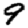
Digit: 9